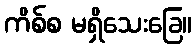
ကိစ်စ မရှိသေးခြေ။